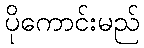
ပိုကောင်းမည်